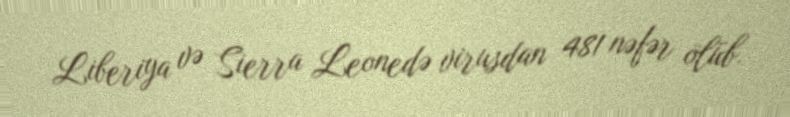
Liberiya və Sierra Leonedə virusdan 481 nəfər ölüb.